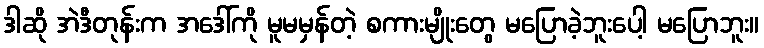
ဒါဆို အဲဒီတုန်းက အဒေါ်ကို မူမမှန်တဲ့ စကားမျိုးတွေ မပြောခဲ့ဘူးပေါ့ မပြောဘူး။